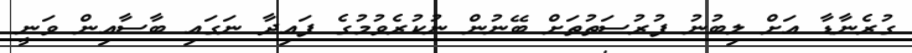
ގުރެނާޑާ އަށް ލިބުނު ފުރުސަތުތަށް ބޭނުން ނުކުރެވުމުގެ ފައިދާ ނަގައި ބާސާއިން ވަނީ